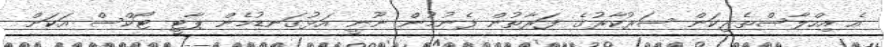
އެ އިހްލާސްތެރިކަން ސަރުކާރުގެ ފަރާތުން ފެނުމުން ނޫނީ އަޅުގަނޑުމެން ޕާޓީ ޓޯކްސް އަކަށް